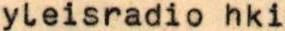
yleisradio hki